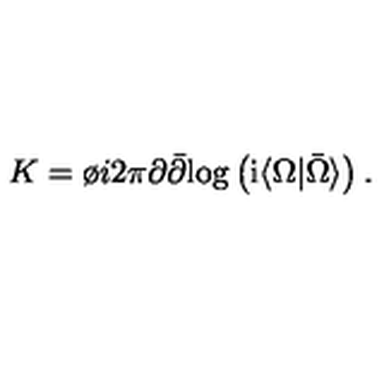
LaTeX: K = \o { i } { 2 \pi } \partial \bar { \partial } \mathrm { l o g } \left( \mathrm { i } \langle \Omega \vert \bar { \Omega } \rangle \right) .